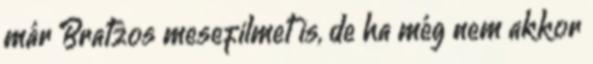
már Bratzos mesefilmet is, de ha még nem akkor